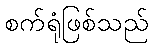
စက်ရုံဖြစ်သည်